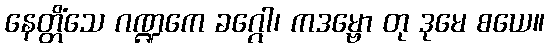
နေတ္တိံသေ ဂဏ္ဍကေ ခဂ္ဂေါ၊ ကဒမ္ဗော တု ဒုမေ စယေ။